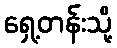
ရှေ့တန်းသို့